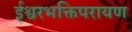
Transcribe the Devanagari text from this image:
ईश्वरभक्तिपरायण